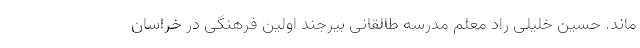
ماند. حسین خلیلی راد معلم مدرسه طالقانی بیرجند اولین فرهنگی در خراسان